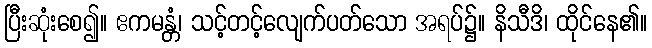
ပြီးဆုံးစေ၍။ ဧကမန္တံ၊ သင့်တင့်လျေက်ပတ်သော အရပ်၌။ နိသီဒိ၊ ထိုင်နေ၏။